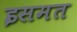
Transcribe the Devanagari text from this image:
इसमत